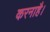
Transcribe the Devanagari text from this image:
करनाहै।